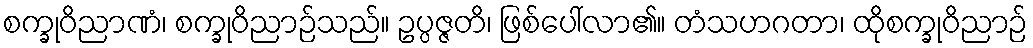
စက္ခုဝိညာဏံ၊ စက္ခုဝိညာဉ်သည်။ ဥပ္ပဇ္ဇတိ၊ ဖြစ်ပေါ်လာ၏။ တံသဟဂတာ၊ ထိုစက္ခုဝိညာဉ်